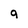
Character: q